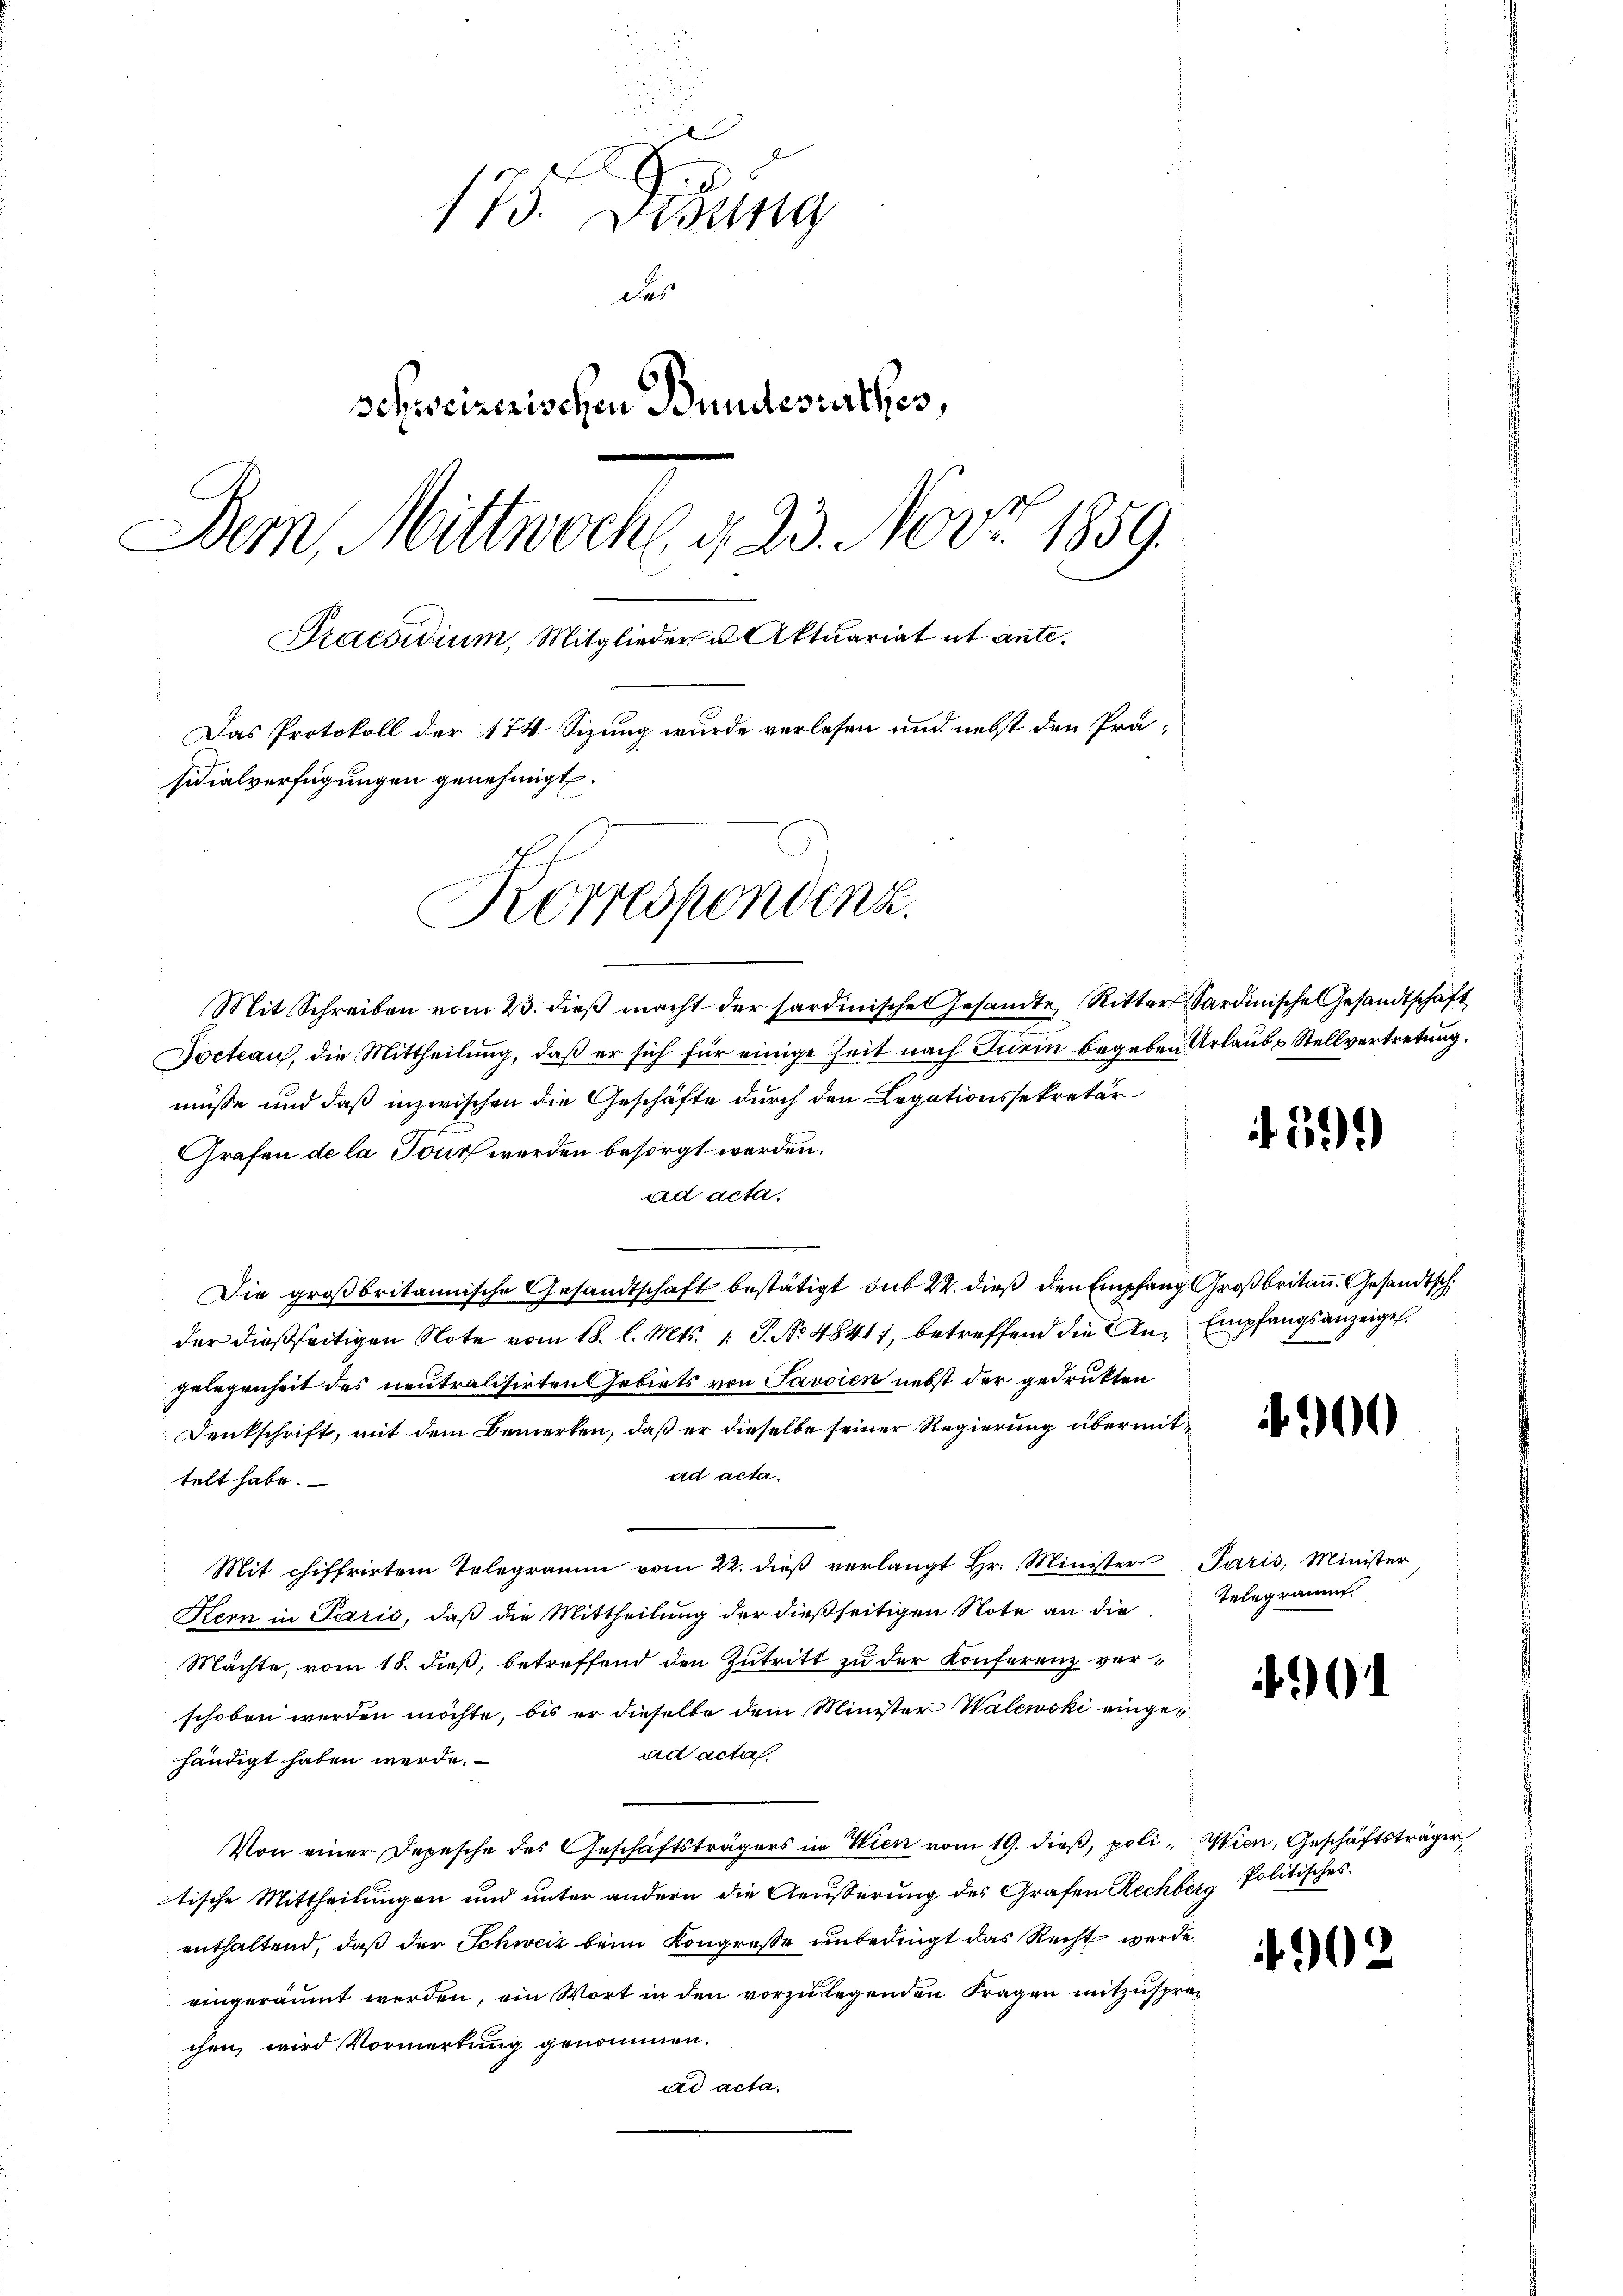
173. Visung
des
schweizerischen Bundesurthes,
Dem Mittwoche G. 23. Nov. 1859.
Praesidium, Mitglieder u Aktuariat et ante¬
Das Protokoll der 174. Sizung wurde verlesen und nebst den Prä-
sidialverfügungen genehmigt.
Korrespondenz.

Mit Schreiben vom 23. dieß macht der sardinische Gesandte, Ritter Sardinische Gesandtschaft
Jocteau, die Mittheilung, daß er sich für einige Zeit nach Turin begeben Urlaube Stellvertretung.
müsse und daß inzwischen die Geschäfte durch den Legationssekretär
Grafen de la Tout werden besorgt werden.
ad acta.
Die großbritannische Gesandtschaft bestätigt, sub 22. dieß den Empfang Großbritan. Gesandtsch
der dießseitigen Note vom 18. l. Mts. 1. P. No 48417, betreffend die An- Empfangsanzeigel.
gelegenheit des neutralisirten Gebiets von Javoien nebst der gedrukten
Denkschrift, mit dem Bemerken, daß er dieselbe seiner Regierung übermitad acta.
telt habe.
Mit chiffrirten Telegramm vom 22. dieβ verlangt Hr. Minister Paris, Minister
Kern in Paris, daß die Mittheilung der dießseitigen Note an die Telegramm
Machte, vom 18. dieß, betreffend den Zutritt zu der Konferenz verschoben werden möchte, bis er dieselbe dem Minister Walewski eingead acta
händigt haben werde.
Von einer Depesche des Geschäftsträgers in Wien vom 19. dieß, poli, Wien, Geschäftsträger
tische Mittheilungen und unter andern die Aeusserung des Grafen Rechberg Politisches
enthaltend, daß der Schweiz beim Kongresse unbedingt das Recht werde
eingeräumt werden, ein Wort in den vorzulegenden Fragen mitzusprechen wird Vormerkung genommen.
ad acta.

i 20.

4900

)

9